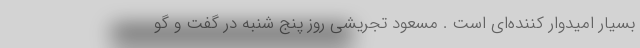
بسیار امیدوار کننده‌ای است . مسعود تجریشی روز پنج شنبه در گفت و گو